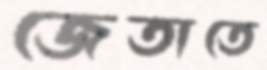
জেতাতে